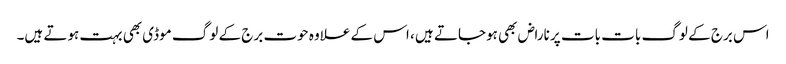
اس برج کے لوگ بات بات پر ناراض بھی ہوجاتے ہیں ، اس کے علاوہ حوت برج کے لوگ موڈی بھی بہت ہوتے ہیں۔